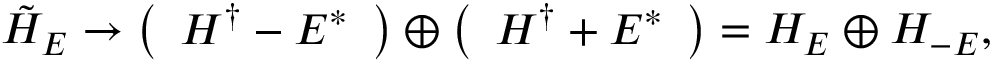
\tilde { H } _ { E } \rightarrow \left( \begin{array} { c c } { H ^ { \dagger } - E ^ { * } } \end{array} \right) \oplus \left( \begin{array} { c c } { H ^ { \dagger } + E ^ { * } } \end{array} \right) = H _ { E } \oplus H _ { - E } ,